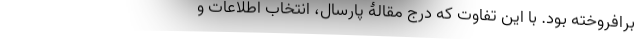
برافروخته بود. با این تفاوت که درج مقالۀ پارسال، انتخاب اطلاعات و